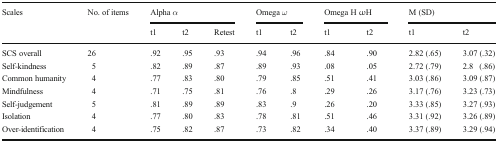
<table><thead><tr><td rowspan="2"><b>Scales</b></td><td rowspan="2"><b>No. of items</b></td><td colspan="3"><b>Alpha <i>α</i></b></td><td colspan="2"><b>Omega <i>ω</i></b></td><td colspan="2"><b>Omega H ωH</b></td><td colspan="2"><b>M (SD)</b></td></tr><tr><td><b>t1</b></td><td><b>t2</b></td><td><b>Retest</b></td><td><b>t1</b></td><td><b>t2</b></td><td><b>t1</b></td><td><b>t2</b></td><td><b>t1</b></td><td><b>t2</b></td></tr></thead><tbody><tr><td>SCS overall</td><td>26</td><td>.92</td><td>.95</td><td>.93</td><td>.94</td><td>.96</td><td>.84</td><td>.90</td><td>2.82 (.65)</td><td>3.07 (.32)</td></tr><tr><td>Self-kindness</td><td>5</td><td>.82</td><td>.89</td><td>.87</td><td>.89</td><td>.93</td><td>.08</td><td>.05</td><td>2.72 (.79)</td><td>2.8 (.86)</td></tr><tr><td>Common humanity</td><td>4</td><td>.77</td><td>.83</td><td>.80</td><td>.79</td><td>.85</td><td>.51</td><td>.41</td><td>3.03 (.86)</td><td>3.09 (.87)</td></tr><tr><td>Mindfulness</td><td>4</td><td>.71</td><td>.75</td><td>.81</td><td>.76</td><td>.8</td><td>.29</td><td>.26</td><td>3.17 (.76)</td><td>3.23 (.73)</td></tr><tr><td>Self-judgement</td><td>5</td><td>.81</td><td>.89</td><td>.89</td><td>.83</td><td>.9</td><td>.26</td><td>.20</td><td>3.33 (.85)</td><td>3.27 (.93)</td></tr><tr><td>Isolation</td><td>4</td><td>.77</td><td>.80</td><td>.83</td><td>.78</td><td>.81</td><td>.51</td><td>.46</td><td>3.31 (.92)</td><td>3.26 (.89)</td></tr><tr><td>Over-identification</td><td>4</td><td>.75</td><td>.82</td><td>.87</td><td>.73</td><td>.82</td><td>.34</td><td>.40</td><td>3.37 (.89)</td><td>3.29 (.94)</td></tr></tbody></table>